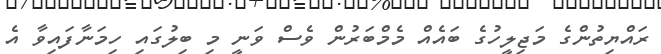
ރައްޔިތުންގެ މަޖިލީހުގެ ބައެއް މެމްބަރުން ވެސް ވަނީ މި ބިލުގައި ހިމަނާފައިވާ އެ